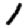
Digit: 1